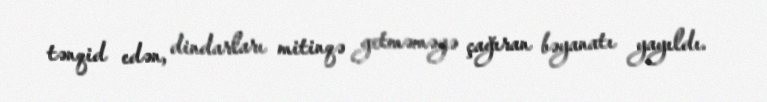
tənqid edən, dindarları mitinqə getməməyə çağıran bəyanatı yayıldı.